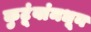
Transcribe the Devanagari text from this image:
कुटूंबांमधून